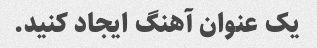
یک عنوان آهنگ ایجاد کنید.